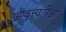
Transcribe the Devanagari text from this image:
आवृत्त्यांपेक्षा